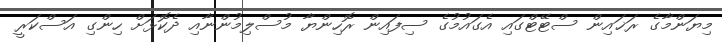
މިޔަންމާގެ ރަޚައިން ސްޓޭޓްގައި އެގައުމުގެ ސިފައިން ރޮހިންޔާ މުސްލިމުންނާއި ދެކޮޅަށް ހިންގި އަސްކަރީ